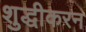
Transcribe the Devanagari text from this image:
शुद्धीकरन